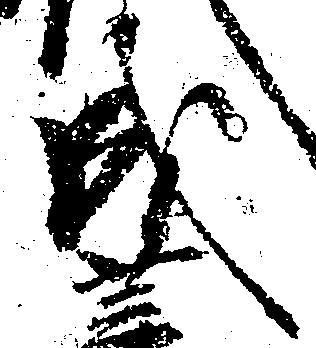
成